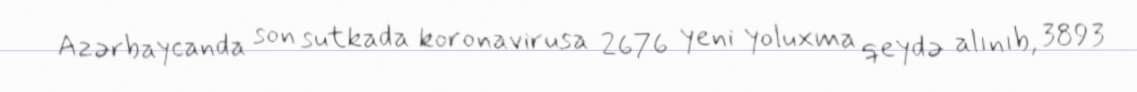
Azərbaycanda son sutkada koronavirusa 2676 yeni yoluxma qeydə alınıb, 3893